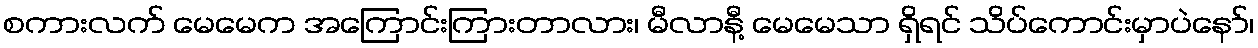
စကားလက် မေမေက အကြောင်းကြားတာလား၊ မီလာနီ့ မေမေသာ ရှိရင် သိပ်ကောင်းမှာပဲနော်၊